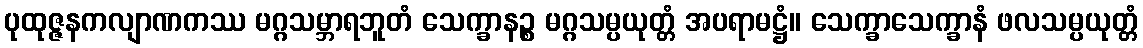
ပုထုဇ္ဇနကလျာဏကဿ မဂ္ဂသမ္ဘာရဘူတံ သေက္ခာနဉ္စ မဂ္ဂသမ္ပယုတ္တံ အပရာမဋ္ဌံ။ သေက္ခာသေက္ခာနံ ဖလသမ္ပယုတ္တံ